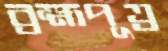
ব্রহ্মপূত্র